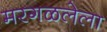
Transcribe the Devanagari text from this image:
मरगळलेला